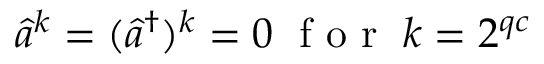
\hat { a } ^ { k } = ( \hat { a } ^ { \dagger } ) ^ { k } = 0 \; \mathrm { ~ f ~ o ~ r ~ } \; k = 2 ^ { q c }